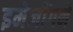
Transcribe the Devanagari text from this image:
इमेजींगने